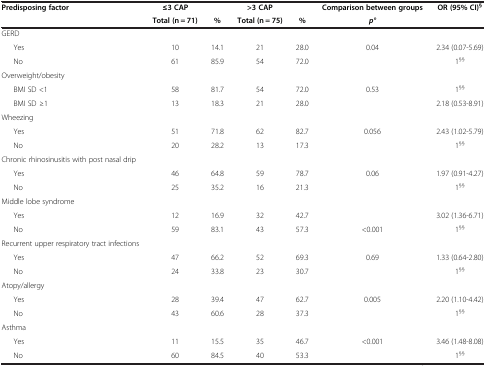
| Predisposing factor | ≤3 CAP |  | >3 CAP |  | Comparison between groups | OR (95% CI)§ |
 |  | Total (n = 71) | % | Total (n = 75) | % | p° |  |
 | --- | --- | --- | --- | --- | --- | --- |
 | GERD |  |  |  |  |  |  |
 | Yes | 10 | 14.1 | 21 | 28.0 | 0.04 | 2.34 (0.07-5.69) |
 | No | 61 | 85.9 | 54 | 72.0 |  | 1§§ |
 | Overweight/obesity |  |  |  |  |  |  |
 | BMI SD <1 | 58 | 81.7 | 54 | 72.0 | 0.53 | 1§§ |
 | BMI SD ≥1 | 13 | 18.3 | 21 | 28.0 |  | 2.18 (0.53-8.91) |
 | Wheezing |  |  |  |  |  |  |
 | Yes | 51 | 71.8 | 62 | 82.7 | 0.056 | 2.43 (1.02-5.79) |
 | No | 20 | 28.2 | 13 | 17.3 |  | 1§§ |
 | Chronic rhinosinusitis with post nasal drip |  |  |  |  |  |  |
 | Yes | 46 | 64.8 | 59 | 78.7 | 0.06 | 1.97 (0.91-4.27) |
 | No | 25 | 35.2 | 16 | 21.3 |  | 1§§ |
 | Middle lobe syndrome |  |  |  |  |  |  |
 | Yes | 12 | 16.9 | 32 | 42.7 |  | 3.02 (1.36-6.71) |
 | No | 59 | 83.1 | 43 | 57.3 | <0.001 | 1§§ |
 | Recurrent upper respiratory tract infections |  |  |  |  |  |  |
 | Yes | 47 | 66.2 | 52 | 69.3 | 0.69 | 1.33 (0.64-2.80) |
 | No | 24 | 33.8 | 23 | 30.7 |  | 1§§ |
 | Atopy/allergy |  |  |  |  |  |  |
 | Yes | 28 | 39.4 | 47 | 62.7 | 0.005 | 2.20 (1.10-4.42) |
 | No | 43 | 60.6 | 28 | 37.3 |  | 1§§ |
 | Asthma |  |  |  |  |  |  |
 | Yes | 11 | 15.5 | 35 | 46.7 | <0.001 | 3.46 (1.48-8.08) |
 | No | 60 | 84.5 | 40 | 53.3 |  | 1§§ |